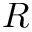
R